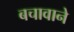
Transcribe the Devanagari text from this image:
बचावाने